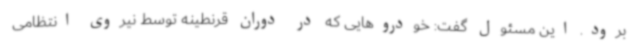
برود. این مسئول گفت: خودروهایی که در دوران قرنطینه توسط نیروی انتظامی